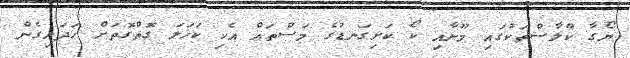
ޔޯގާ ކްލާސްތަކުގައި މޫނާއި ކޯ ކަށިގަނޑުގެ މަސްތައް އެކި ކަހަލަ ގޮތްގޮތަށް ހަދައިގެން